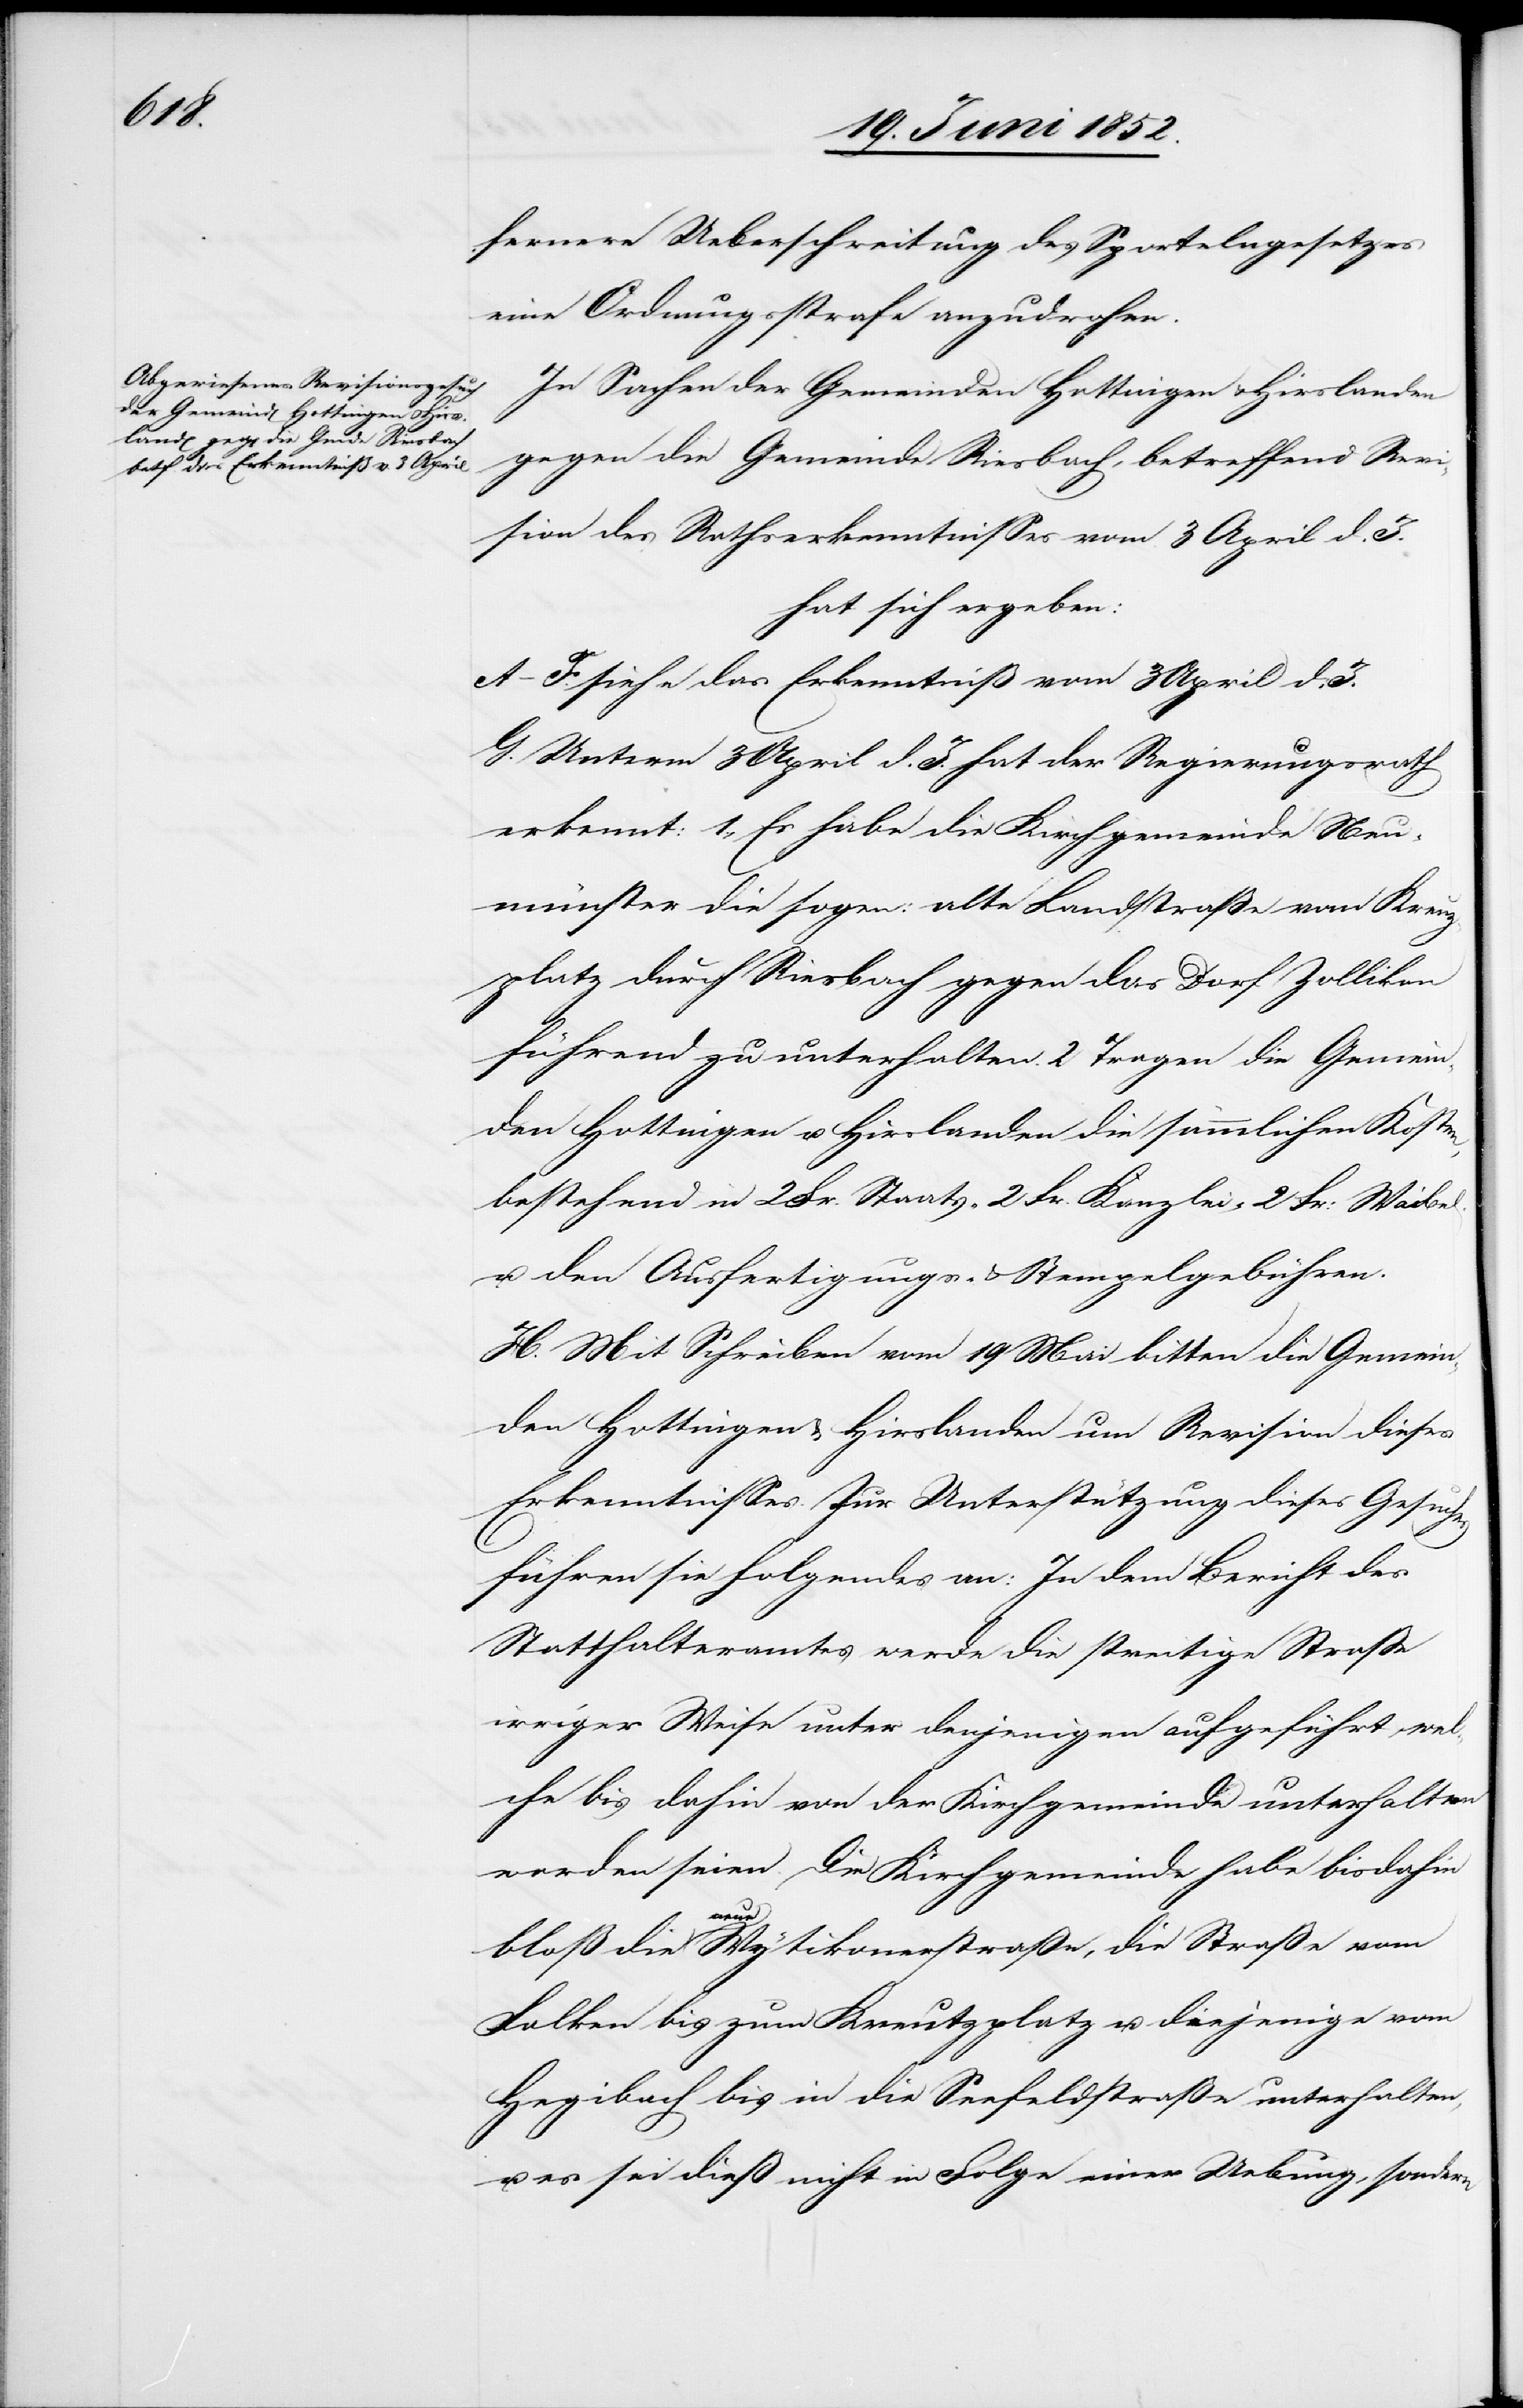
fernere Ueberschreitung des Sportelngesetzes
eine Ordnungsstrafe anzudrohen.
In Sachen der Gemeinden Hottingen & Hirslanden
gegen die Gemeinde Riesbach, betreffend Revi¬
sion des Rathserkenntnisses vom 3 April d. J.
hat sich ergeben:
A–F. siehe das Erkenntniß vom 3 April d. J.
G. Unterm 3 April d. J. hat der Regierungsrath
erkennt: 1., Es habe die Kirchgemeinde Neu¬
münster die sogen: alte Landstrasse vom Kreuz¬
platz durch Riesbach gegen das Dorf Zollikon
führend zu unterhalten. 2 Tragen die Gemein¬
den Hottingen u. Hirslanden die sämmtlichen Kosten,
bestehend in 2 Fr. Staats-[,] 2 Fr. Kanzlei-[,] 2 Fr. Waibel-
u. den Ausfertigungs- & Stempelgebühren.
H. Mit Schreiben vom 19 Mai bitten die Gemein¬
den Hottingen & Hirslanden um Revision dieses
Erkenntnisses. Zur Unterstützung dieses Gesuches
führen sie Folgendes an: In dem Bericht des
Statthalteramtes werde die streitige Straße
irriger Weise unter denjenigen aufgeführt, wel¬
che bis dahin von der Kirchgemeinde unterhalten
worden seien. Die Kirchgemeinde habe bisdahin
bloß die neue Wytikonerstrasse, die Straße vom
Falken, bis zum Kreutzplatz u. diejenige vom
Hegibach bis in die Seefeldstraße unterhalten,
u. es sei dieß nicht in Folge einer Uebung, sondern